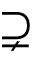
\supsetneq